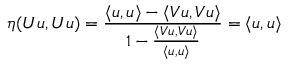
\eta ( \boldsymbol { U } u , \boldsymbol { U } u ) = \frac { \langle u , u \rangle - \langle \boldsymbol { V } u , \boldsymbol { V } u \rangle } { 1 - \frac { \langle \boldsymbol { V } u , \boldsymbol { V } u \rangle } { \langle u , u \rangle } } = \langle u , u \rangle